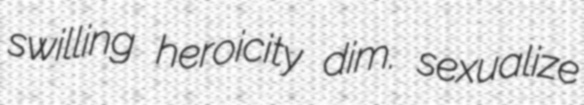
swilling heroicity dim. sexualize